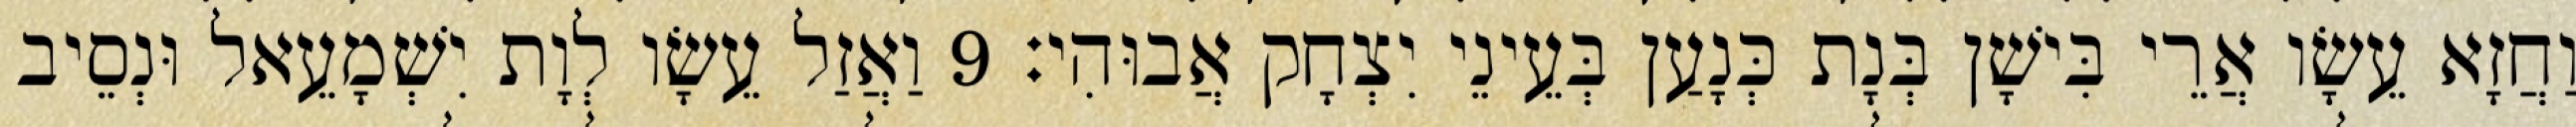
וַחֲזָא עֵשָׂו אֲרֵי בִּישָׁן בְּנָת כְּנָעַן בְּעֵינֵי יִצְחָק אֲבוּהִי׃ 9 וַאֲזַל עֵשָׂו לְוָת יִשְׁמָעֵאל וּנְסֵיב